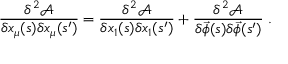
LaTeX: \frac { \delta ^ { 2 } \mathcal { A } } { \delta x _ { \mu } ( s ) \delta x _ { \mu } ( s ^ { \prime } ) } = \frac { \delta ^ { 2 } \mathcal { A } } { \delta x _ { 1 } ( s ) \delta x _ { 1 } ( s ^ { \prime } ) } + \frac { \delta ^ { 2 } \mathcal { A } } { \delta \vec { \phi } ( s ) \delta \vec { \phi } ( s ^ { \prime } ) } \; .